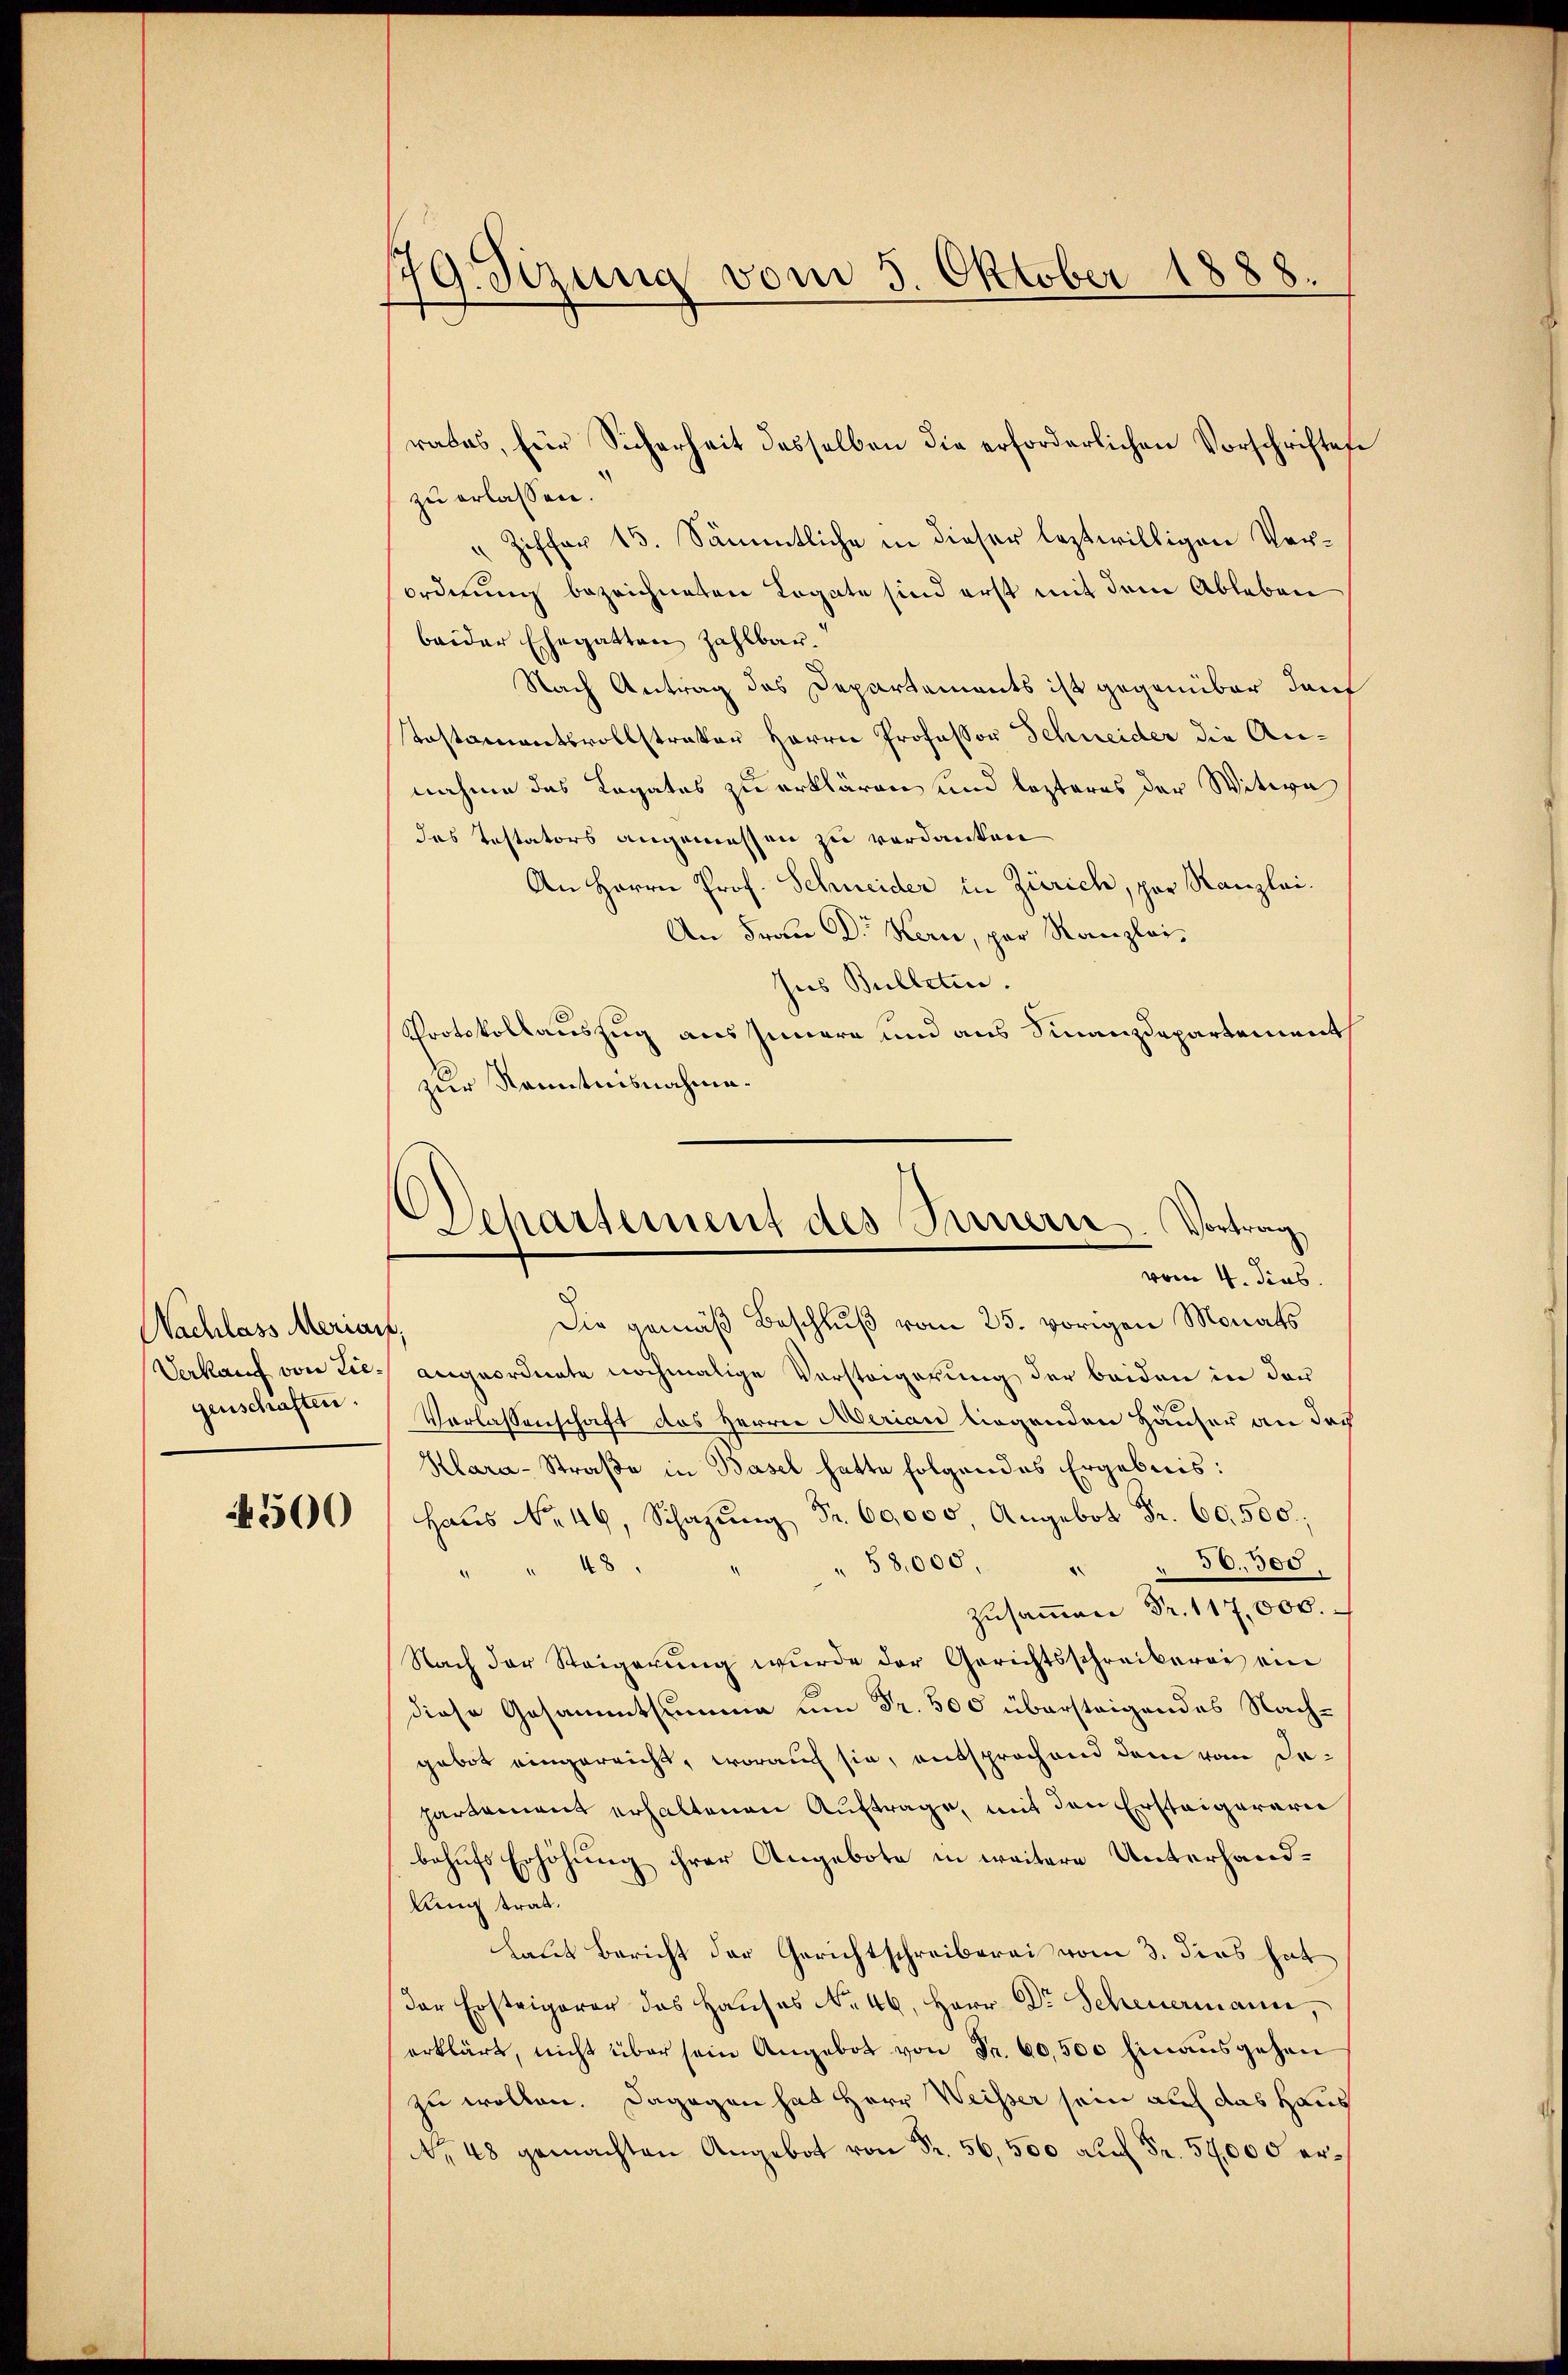
Nachlass Merials,
genschaften.

500

179. Sizung vom 5. Oktober 1888.

d
Departement des Innern. Vortrag
vom 4. Jus

rates, für Sicherheit desselben die erforderlichen Vorschriften
zu erlassen.
" Ziffer 15. Sämmtliche in dieser leztwilligen Verordnung bezeichneten Legate sind erst mit dem Ableben
baider Ehegatten zahlbar.
Nach Antrag des Departements ist gegenüber dan
Postamentsvollstrater Herrn Professor Schneider die Annahme das Legates zu erklären und lezteres der Witwe
das Testators angemessen zu verdanken
An Herrn Prof. Schneider in Zürich, par Kanzlei.
An Frau Dr. Kern, par Kanzlei,
Ins Bulleten.
Protokollauszug aus Innern und aus Finanzdepartement
zur Kenntnisnahme.
Die gemäß Beschluß vom 25. vorigen Monats
Verkauf von Lies angeordnete nochmalige Vorsteigerung der beiden in der
Verlassenschaft des Herrn Merian liegenden Häuser an das
Klara-Straße in Basel hatte folgendes Ergebnis:
Haus No 49, Schazung Fr. 60,000, Angebot Fr. 60. 500;
 36. 300.
 58,000,
“
" 48
zusammen Fr. 117,000.
Nach der Steigerŭng wurde der Gerichtsschreiberei ein
diese Gesammtsumme um Fr. 500 übersteigendes Nachgebot eingereicht, worauf sie, entsprochend dem vom Departement erhaltenen Auftrage, mit den Ersteigerern
behufs Erhöhung ihrer Angebote in weitere Unterhandllung und
Laut Bericht der Gerichtschreiberei vom 3. dies hat
Der Ersteigerer das Haŭses No. 46, Herr Dr. Scheuermann,
erklärt, nicht über sein Angebot von Fr. 60,500 Einausgehen
zu wollen. Dagegen hat Herr Weisser sein auf das Haus
No 48 gemachten Angebot von Fr. 56,500 auf Fr. 54,000 er¬